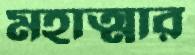
মহাত্মার